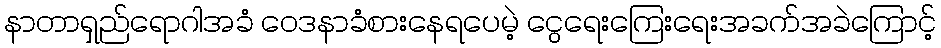
နာတာရှည်ရောဂါအခံ ဝေဒနာခံစားနေရပေမဲ့ ငွေရေးကြေးရေးအခက်အခဲကြောင့်